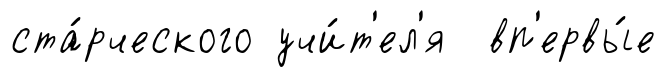
ста́рческого учи́т'ел'я вп'ервы́е